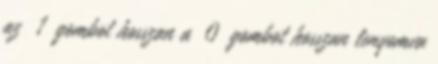
az 1 gombot hosszan a 0 gombot hosszan lenyomva